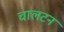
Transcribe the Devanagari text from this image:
चालटन